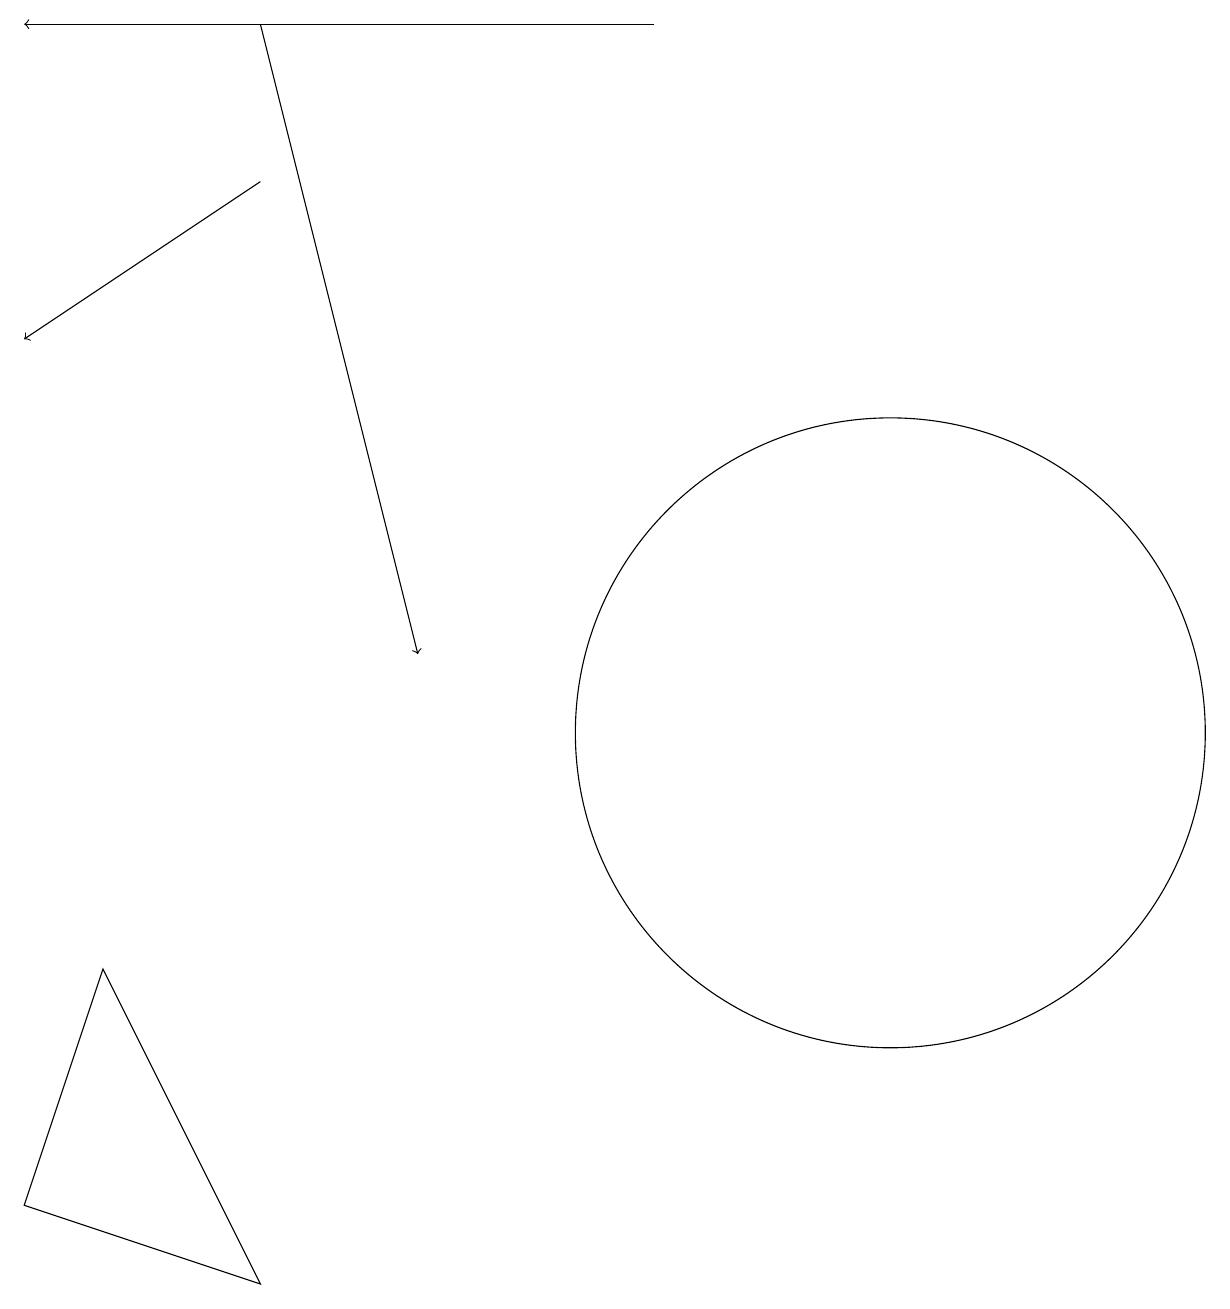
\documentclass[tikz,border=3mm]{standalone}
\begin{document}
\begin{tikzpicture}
\draw (3,3) -- (0,4) -- (1,7) -- cycle;
\draw[->] (3,19) -- (5,11);
\draw (10,10) circle (0);
\draw[->] (8,19) -- (0,19);
\draw (11,10) circle (4);
\draw[->] (3,17) -- (0,15);
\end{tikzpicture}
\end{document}